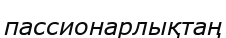
пассионарлықтаң